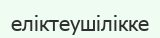
еліктеушілікке